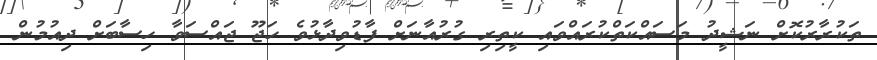
ތަކުރާރުކޮށް ނަޝީދު މަސައްކަތްކުރައްވައި ކީތިރި ގުރުއާނަށް ފާޑުވިދާޅުވެ ހަޖޫ ޖައްސަވާ ހިސާބަށް ދިއުމުން